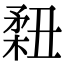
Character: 𥍳